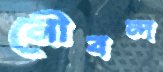
নৌবন্দ